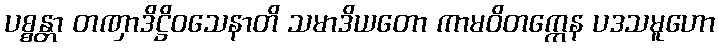
ပစ္စန္တာ တဏှာဒိဋ္ဌိဝသေနာတိ သမာဒိယတော ကာမဝိတက္ကေန ပဒသမူဟော